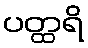
ပတ္ထရိ